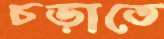
চড়াতে